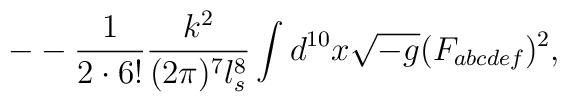
- -\frac{1}{2\cdot6!}              \frac{k^2}{(2\pi)^7l_s^8}\int d^{10}x              \sqrt{-g}(F_{abcdef})^2,